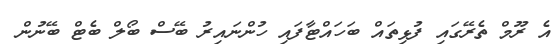
އެ ރޫމް ތެރޭގައި ފުޅިތައް ބަހައްޓާފައި ހުންނައިރު ބޭސް ބޯލް ބެޓް ބޭނުން